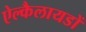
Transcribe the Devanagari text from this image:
ऐल्कैलायडों